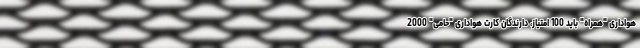
هواداری "همراه" باید 100 امتیاز، دارندگان کارت هواداری "حامی" 2000